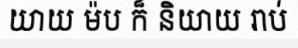
យាយ ម៉ប ក៏ និយាយ រាប់